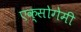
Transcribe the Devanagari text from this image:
एक्सोगेमी